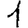
Digit: 1